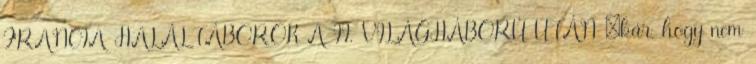
FRANCIA HALÁLTÁBOROK A II. VILÁGHÁBORÚ UTÁN „kár, hogy nem